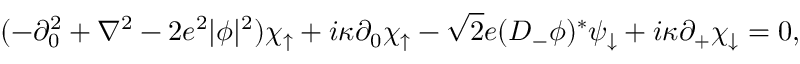
( - \partial _ { 0 } ^ { 2 } + \nabla ^ { 2 } - 2 e ^ { 2 } | \phi | ^ { 2 } ) \chi _ { \uparrow } + i \kappa \partial _ { 0 } \chi _ { \uparrow } - \sqrt { 2 } e ( D _ { - } \phi ) ^ { * } \psi _ { \downarrow } + i \kappa \partial _ { + } \chi _ { \downarrow } = 0 ,